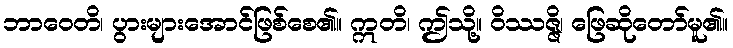
ဘာဝေတိ၊ ပွားများအောင်ဖြစ်စေ၏။ ဣတိ၊ ဤသို့။ ဝိဿဇ္ဇိ၊ ဖြေဆိုတော်မူ၏။